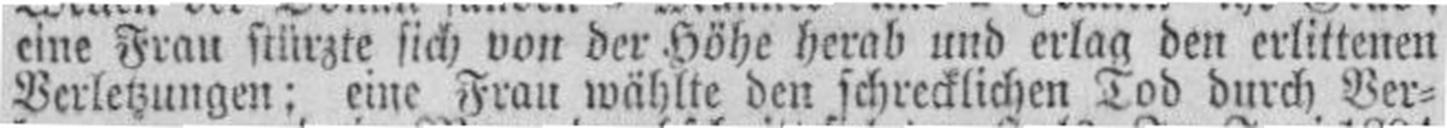
Verletzungen; eine Frau wählte den schrecklichen Tod durch Ver¬